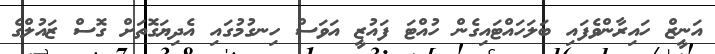
އަނީޒް ހައިރާންވެފައި ބަލަހައްޓައިގެން ހުއްޓަ ފައުޒީ އަވަސް ހިނގުމުގައި އެދިޔަގޮތަށް ގޮސް ޒައުލްގެ